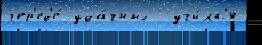
чер'ед'е́ уда́чных - учи́лс'я